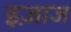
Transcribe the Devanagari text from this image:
इज़ाज